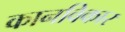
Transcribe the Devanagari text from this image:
कानविकार